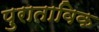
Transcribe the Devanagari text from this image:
पुराताविक